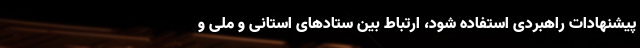
پیشنهادات راهبردی استفاده شود، ارتباط بین ستادهای استانی و ملی و